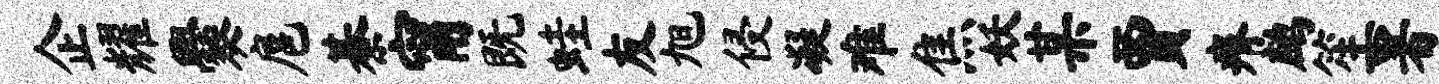
企耀爨扈綦甯既蛙友旭侵凝难焦妖某贾瘠鹧笙署